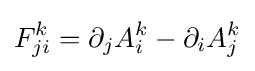
F_{ji}^{k}=\partial _{j}A_{i}^{k}-\partial _{i}A_{j}^{k}